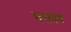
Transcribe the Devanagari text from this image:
मक्ताब